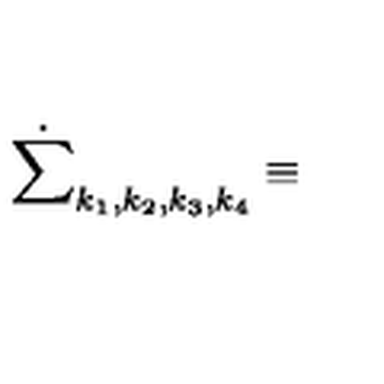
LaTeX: \dot { \sum } _ { k _ { 1 } , k _ { 2 } , k _ { 3 } , k _ { 4 } } \equiv